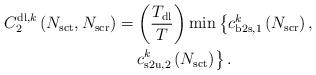
LaTeX: \begin{align*}C^{\mathrm{dl},k}_{2}\left( N_{\mathrm{sct}}, N_{\mathrm{scr}} \right) & = \left(\frac{T_{\mathrm{dl}}}{T}\right) \min\left\lbrace c^k_{\mathrm{b2s},1}\left( N_{\mathrm{scr}} \right), \right . \\ & \,\,\,\,\,\, \left. c^k_{\mathrm{s2u},2}\left( N_{\mathrm{sct}} \right) \right\rbrace.\end{align*}